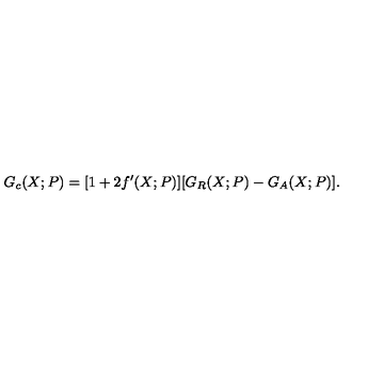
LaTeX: G _ { c } ( X ; P ) = [ 1 + 2 f ^ { \prime } ( X ; P ) ] [ G _ { R } ( X ; P ) - G _ { A } ( X ; P ) ] .